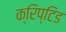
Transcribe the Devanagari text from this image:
क्रिप्टिड